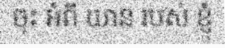
ចុះ អំពី យាន របស់ ខ្ញុំ